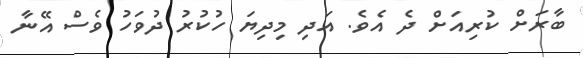
ބާރަށް ކުރިއަށް ދެ އެވެ. އަދި މިދިޔަ ހުކުރު ދުވަހު ވެސް އޭނާ